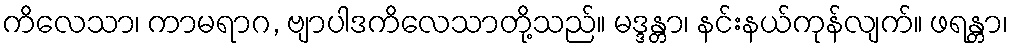
ကိလေသာ၊ ကာမရာဂ, ဗျာပါဒကိလေသာတို့သည်။ မဒ္ဒန္တာ၊ နင်းနယ်ကုန်လျက်။ ဖရန္တာ၊